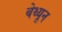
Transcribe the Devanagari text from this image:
बेथ्यून